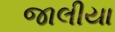
જાલીયા